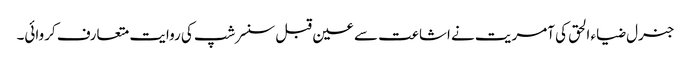
جنرل ضیاء الحق کی آمریت نے اشاعت سے عین قبل سنسر شپ کی روایت متعارف کروائی۔